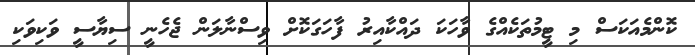
ކޮންމެއަކަސް މި ޓީމުތަކެއްގެ ވާހަކަ ދައްކާއިރު ފާހަގަކޮށް ވިސްނާލަން ޖެހެނީ ސިޔާސީ ވަކިވަކި